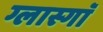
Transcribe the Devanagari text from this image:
ग्लास्गाॅ